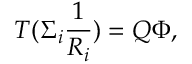
T ( \Sigma _ { i } \frac { 1 } { R _ { i } } ) = Q { \Phi } ,